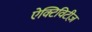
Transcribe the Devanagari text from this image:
ऐक्टिविटीज़